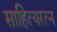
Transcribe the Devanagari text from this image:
साहित्यरत्‍न